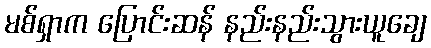
မစ်ရှာက ပြောင်းဆန် နည်းနည်းသွားယူချေ